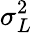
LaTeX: \sigma_{L}^{2}